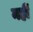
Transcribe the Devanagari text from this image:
नहीें